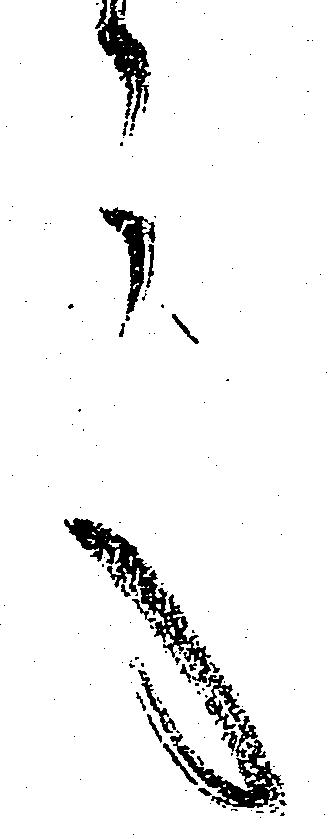
言